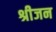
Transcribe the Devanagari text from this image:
श्रीजन